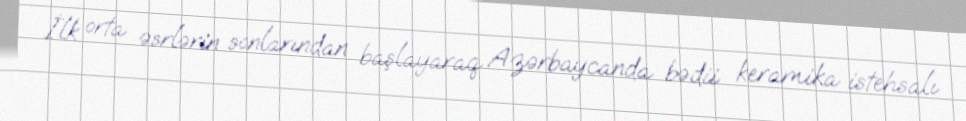
İlk orta əsrlərin sonlarından başlayaraq Azərbaycanda bədii keramika istehsalı